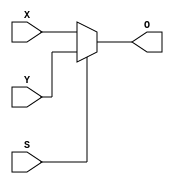
module MUX(
  input [63:0] X,
  input [63:0] Y,
  input S,
  output [63:0] O
);
  assign O = S?Y:X;
endmodule